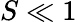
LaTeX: S\ll 1